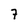
Character: 7